Vaccination in Bombay 1889-1901 - 1889-1901
Year: 1889
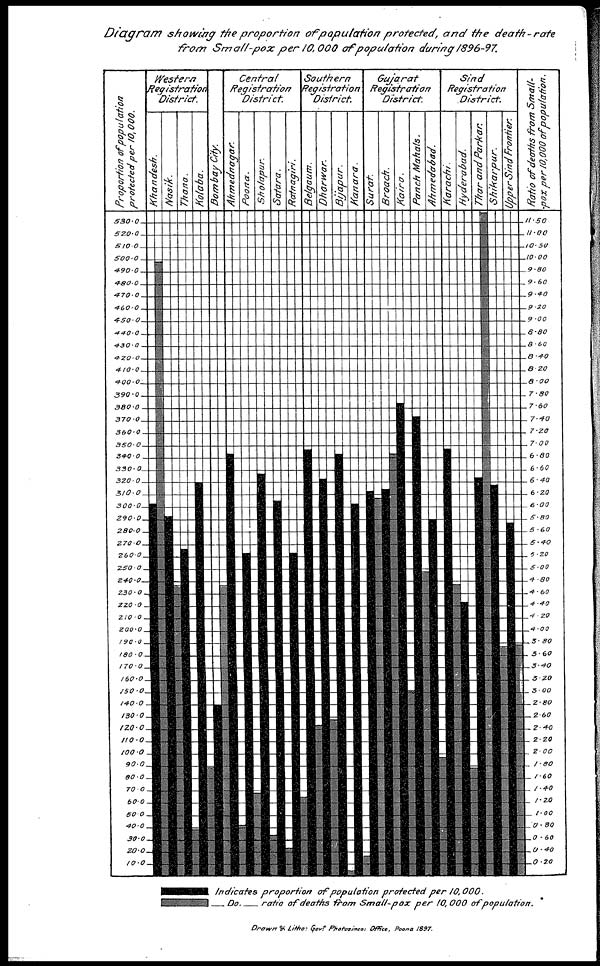
Diagram
showing the proportion
of population protected, and the
death-rate
from Small-pox
per 10,000 of population during 1896-97.